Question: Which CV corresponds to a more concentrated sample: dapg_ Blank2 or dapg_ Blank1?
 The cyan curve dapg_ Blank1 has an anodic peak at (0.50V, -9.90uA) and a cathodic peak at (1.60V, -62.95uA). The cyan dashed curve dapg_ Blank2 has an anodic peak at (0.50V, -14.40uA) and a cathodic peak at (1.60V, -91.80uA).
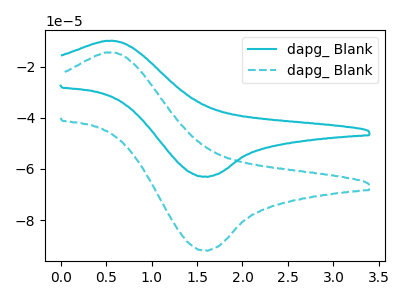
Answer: <think>All the peaks in "dapg_ Blank2" have a peak in "dapg_ Blank1" at the same potential.
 </think>
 <answer>I cant tell if "dapg_ Blank2" or "dapg_ Blank1" has higher concentration.</answer>
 <eval>mixed_concentration</eval>